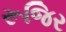
રૂજિર